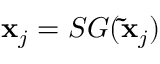
\mathbf { x } _ { j } = S G ( \mathbf { \Tilde { x } } _ { j } )